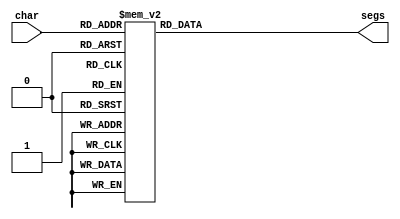
/*
   This file was generated automatically by the Mojo IDE version B1.3.6.
   Do not edit this file directly. Instead edit the original Lucid source.
   This is a temporary file and any changes made to it will be destroyed.
*/

module seven_seg_35 (
    input [2:0] char,
    output reg [6:0] segs
  );
  
  
  
  always @* begin
    
    case (char)
      1'h0: begin
        segs = 7'h3f;
      end
      1'h1: begin
        segs = 7'h06;
      end
      2'h2: begin
        segs = 7'h5b;
      end
      2'h3: begin
        segs = 7'h4f;
      end
      3'h4: begin
        segs = 7'h66;
      end
      3'h5: begin
        segs = 7'h6d;
      end
      3'h6: begin
        segs = 7'h7d;
      end
      3'h7: begin
        segs = 7'h07;
      end
      default: begin
        segs = 7'h00;
      end
    endcase
  end
endmodule